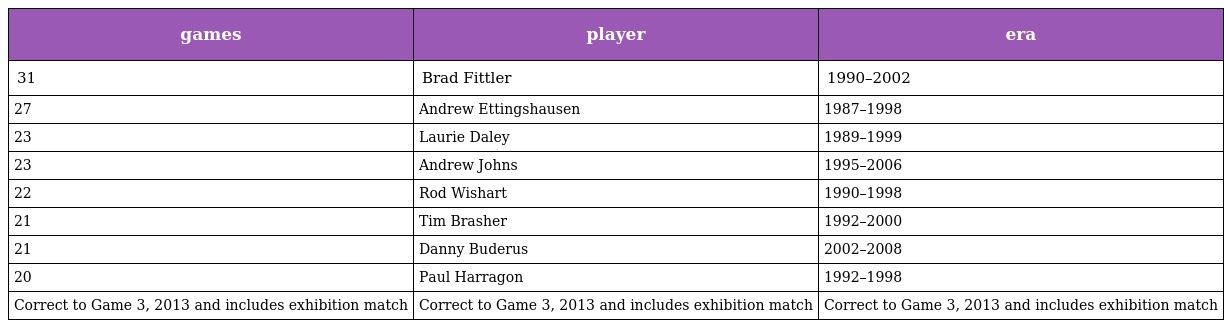
| games | player | era |
 | --- | --- | --- |
 | 31 | Brad Fittler | 1990–2002 |
 | 27 | Andrew Ettingshausen | 1987–1998 |
 | 23 | Laurie Daley | 1989–1999 |
 | 23 | Andrew Johns | 1995–2006 |
 | 22 | Rod Wishart | 1990–1998 |
 | 21 | Tim Brasher | 1992–2000 |
 | 21 | Danny Buderus | 2002–2008 |
 | 20 | Paul Harragon | 1992–1998 |
 | Correct to Game 3, 2013 and includes exhibition match | Correct to Game 3, 2013 and includes exhibition match | Correct to Game 3, 2013 and includes exhibition match |